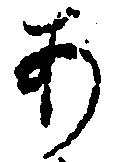
あ